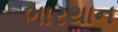
ભારથાન